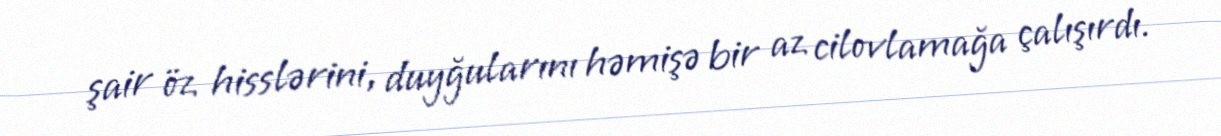
şair öz hisslərini, duyğularını həmişə bir az cilovlamağa çalışırdı.